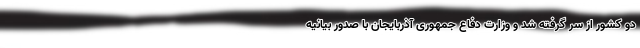
دو کشور از سر گرفته شد و وزارت دفاع جمهوری آذربایجان با صدور بیانیه